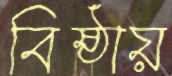
বিষ্ঠায়